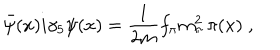
\bar { \psi } ( x ) i \gamma _ { 5 } \psi ( x ) = \frac { 1 } { 2 m } f _ { \pi } m _ { \pi } ^ { 2 } \, \pi ( x ) \; ,